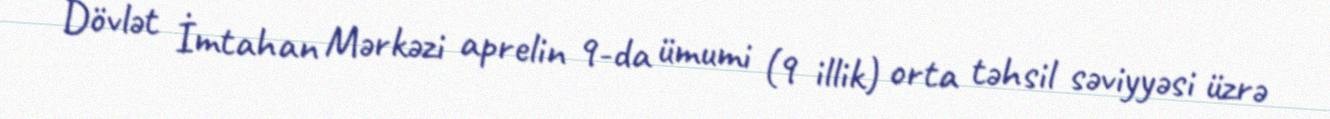
Dövlət İmtahan Mərkəzi aprelin 9-da ümumi (9 illik) orta təhsil səviyyəsi üzrə